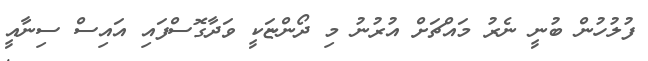
ފުލުހުން ބުނީ ނެރު މައްޗަށް އުރުނު މި ދޯންޏަކީ ވަދާގޮސްފައި އައިސް ސިނާއީ